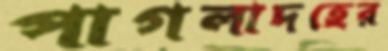
পাগলাদহের